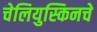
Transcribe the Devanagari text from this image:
चेलियुस्किनचे